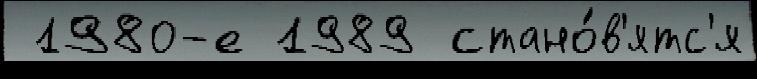
 1980-е 1989 стано́в'ятс'я